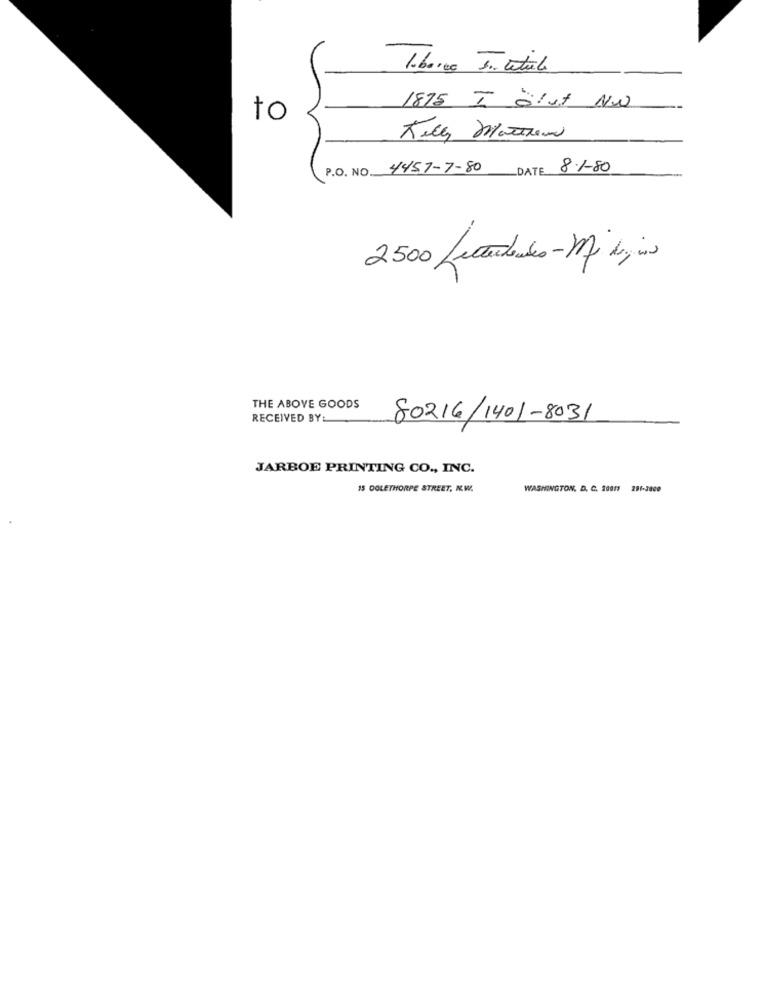
1875 I Slut NW
to
P.O. NO. 4451-7-80
DATE.
8.1-80
2500 Letterbudes - MJ dozina
THE ABOVE GOODS
RECEIVED BY:
80216/1401-8031
JARBOE PRINTING CO ., INC.
15 DOLETHORPE STREET, N.W.
WASHINGTON, D. C. 20019 281-3800